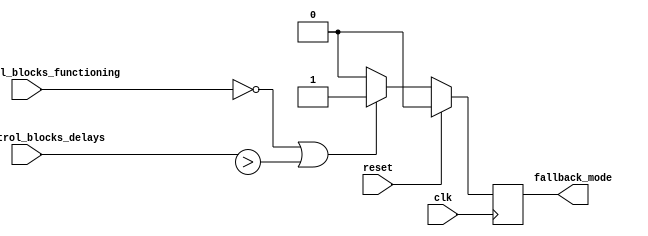
module fallback_bypass_register (
  input wire clk,
  input wire reset,
  input wire main_control_blocks_functioning,
  input wire main_control_blocks_delays,
  output reg fallback_mode
);

always @(posedge clk) begin
  if (reset) begin
    fallback_mode <= 0;
  end else begin
    if (!main_control_blocks_functioning || main_control_blocks_delays > threshold) begin
      fallback_mode <= 1;
    end else begin
      fallback_mode <= 0;
    end
  end
end

endmodule